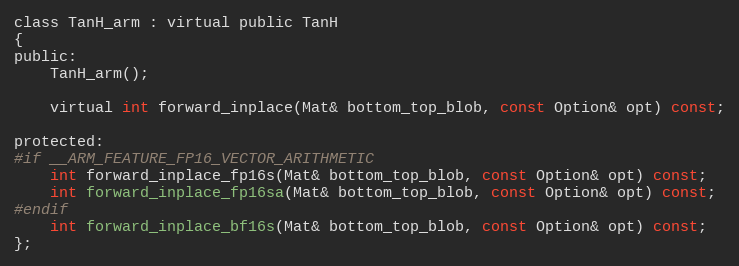
Language: C
class TanH_arm : virtual public TanH
{
public:
    TanH_arm();

    virtual int forward_inplace(Mat& bottom_top_blob, const Option& opt) const;

protected:
#if __ARM_FEATURE_FP16_VECTOR_ARITHMETIC
    int forward_inplace_fp16s(Mat& bottom_top_blob, const Option& opt) const;
    int forward_inplace_fp16sa(Mat& bottom_top_blob, const Option& opt) const;
#endif
    int forward_inplace_bf16s(Mat& bottom_top_blob, const Option& opt) const;
};